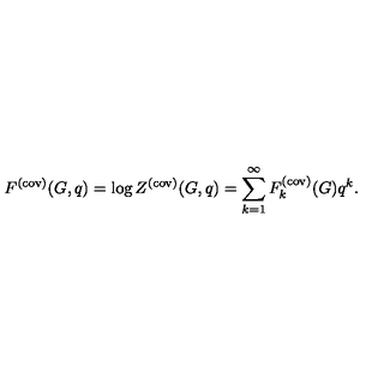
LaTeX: F ^ { ( \mathrm { c o v ) } } ( G , q ) = \log Z ^ { ( \mathrm { c o v ) } } ( G , q ) = \sum _ { k = 1 } ^ { \infty } F _ { k } ^ { ( \mathrm { c o v ) } } ( G ) q ^ { k } .